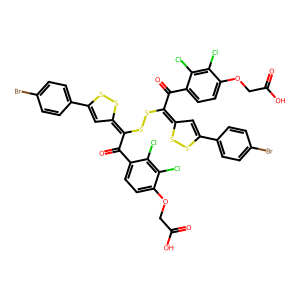
SMILES: O=C(O)COc1ccc(C(=O)C(SSC(C(=O)c2ccc(OCC(=O)O)c(Cl)c2Cl)=C2C=C(c3ccc(Br)cc3)SS2)=C2C=C(c3ccc(Br)cc3)SS2)c(Cl)c1Cl
Inhibits HIV replication: No